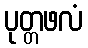
ပုတ္တဖလံ